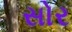
સોર